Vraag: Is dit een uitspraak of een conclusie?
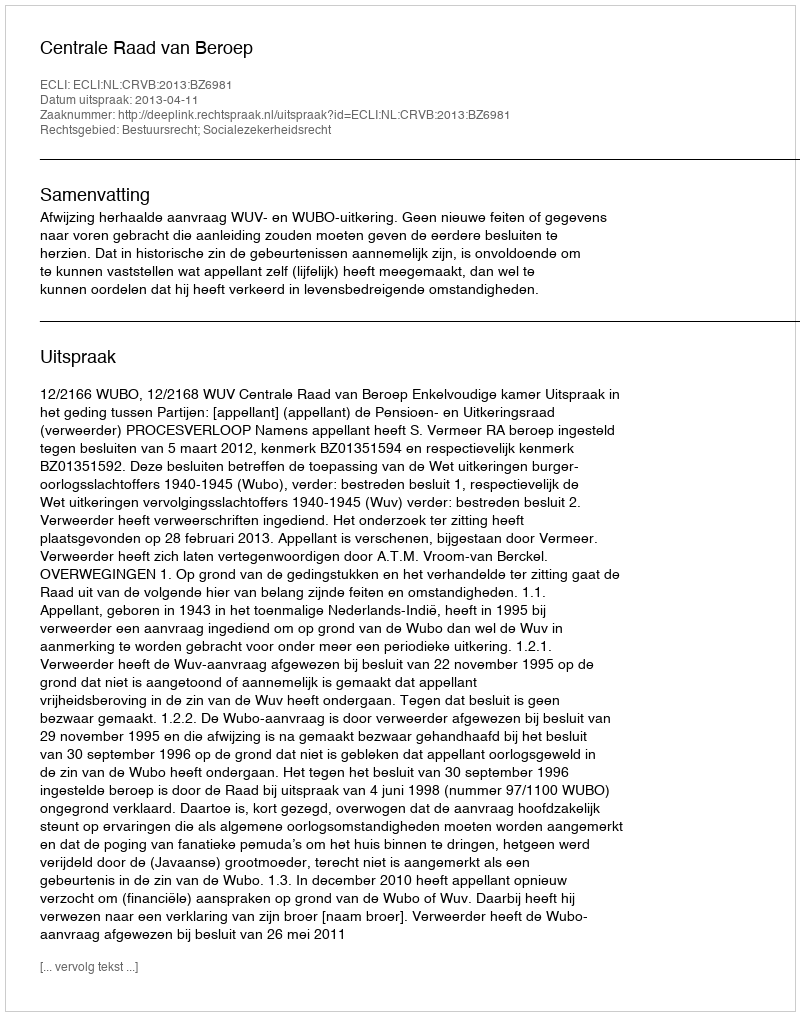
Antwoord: Uitspraak